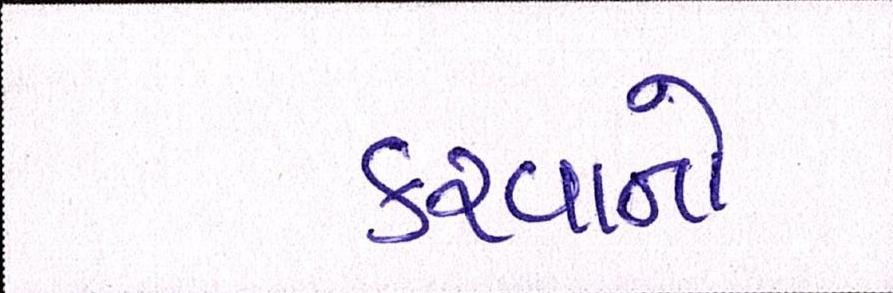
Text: કરવાનો